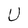
Character: U